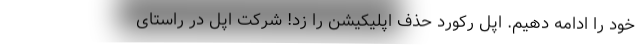
خود را ادامه دهیم. اپل رکورد حذف اپلیکیشن را زد! شرکت اپل در راستای